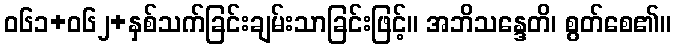
ဝ၆၁+၀၆၂+နှစ်သက်ခြင်းချမ်းသာခြင်းဖြင့်။ အဘိသန္ဒေတိ၊ စွတ်စေ၏။